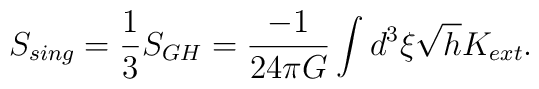
S_{sing}={1\over 3} S_{GH}={- 1 \over 24 \pi G} \int d^3 \xi \sqrt{h} K_{ext}.